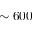
\sim 6 0 0